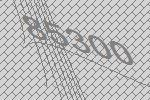
85300